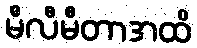
မီလီမီတာအထိ